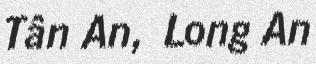
Tân An, Long An